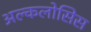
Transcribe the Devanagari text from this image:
अल्कलोसिस